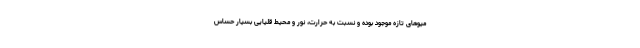
میوهای تازه موجود بوده و نسبت به حرارت، نور و محیط قلیایی بسیار حساس